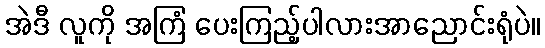
အဲဒီ လူကို အကြံ ပေးကြည့်ပါလားအာညောင်းရုံပဲ။